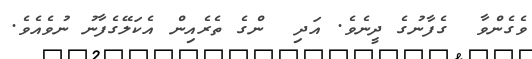
ވެގެންވާ  ގެފާނުގެ ދީނެވެ. އަދި  ންގެ ތެރެއިން އެކަލޭގެފާނު ނުވެއެވެ.